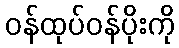
ဝန်ထုပ်ဝန်ပိုးကို